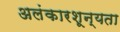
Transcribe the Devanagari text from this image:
अलंकारशून्यता